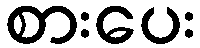
စားပေး